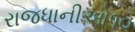
રાજધાનીઓ૧૦